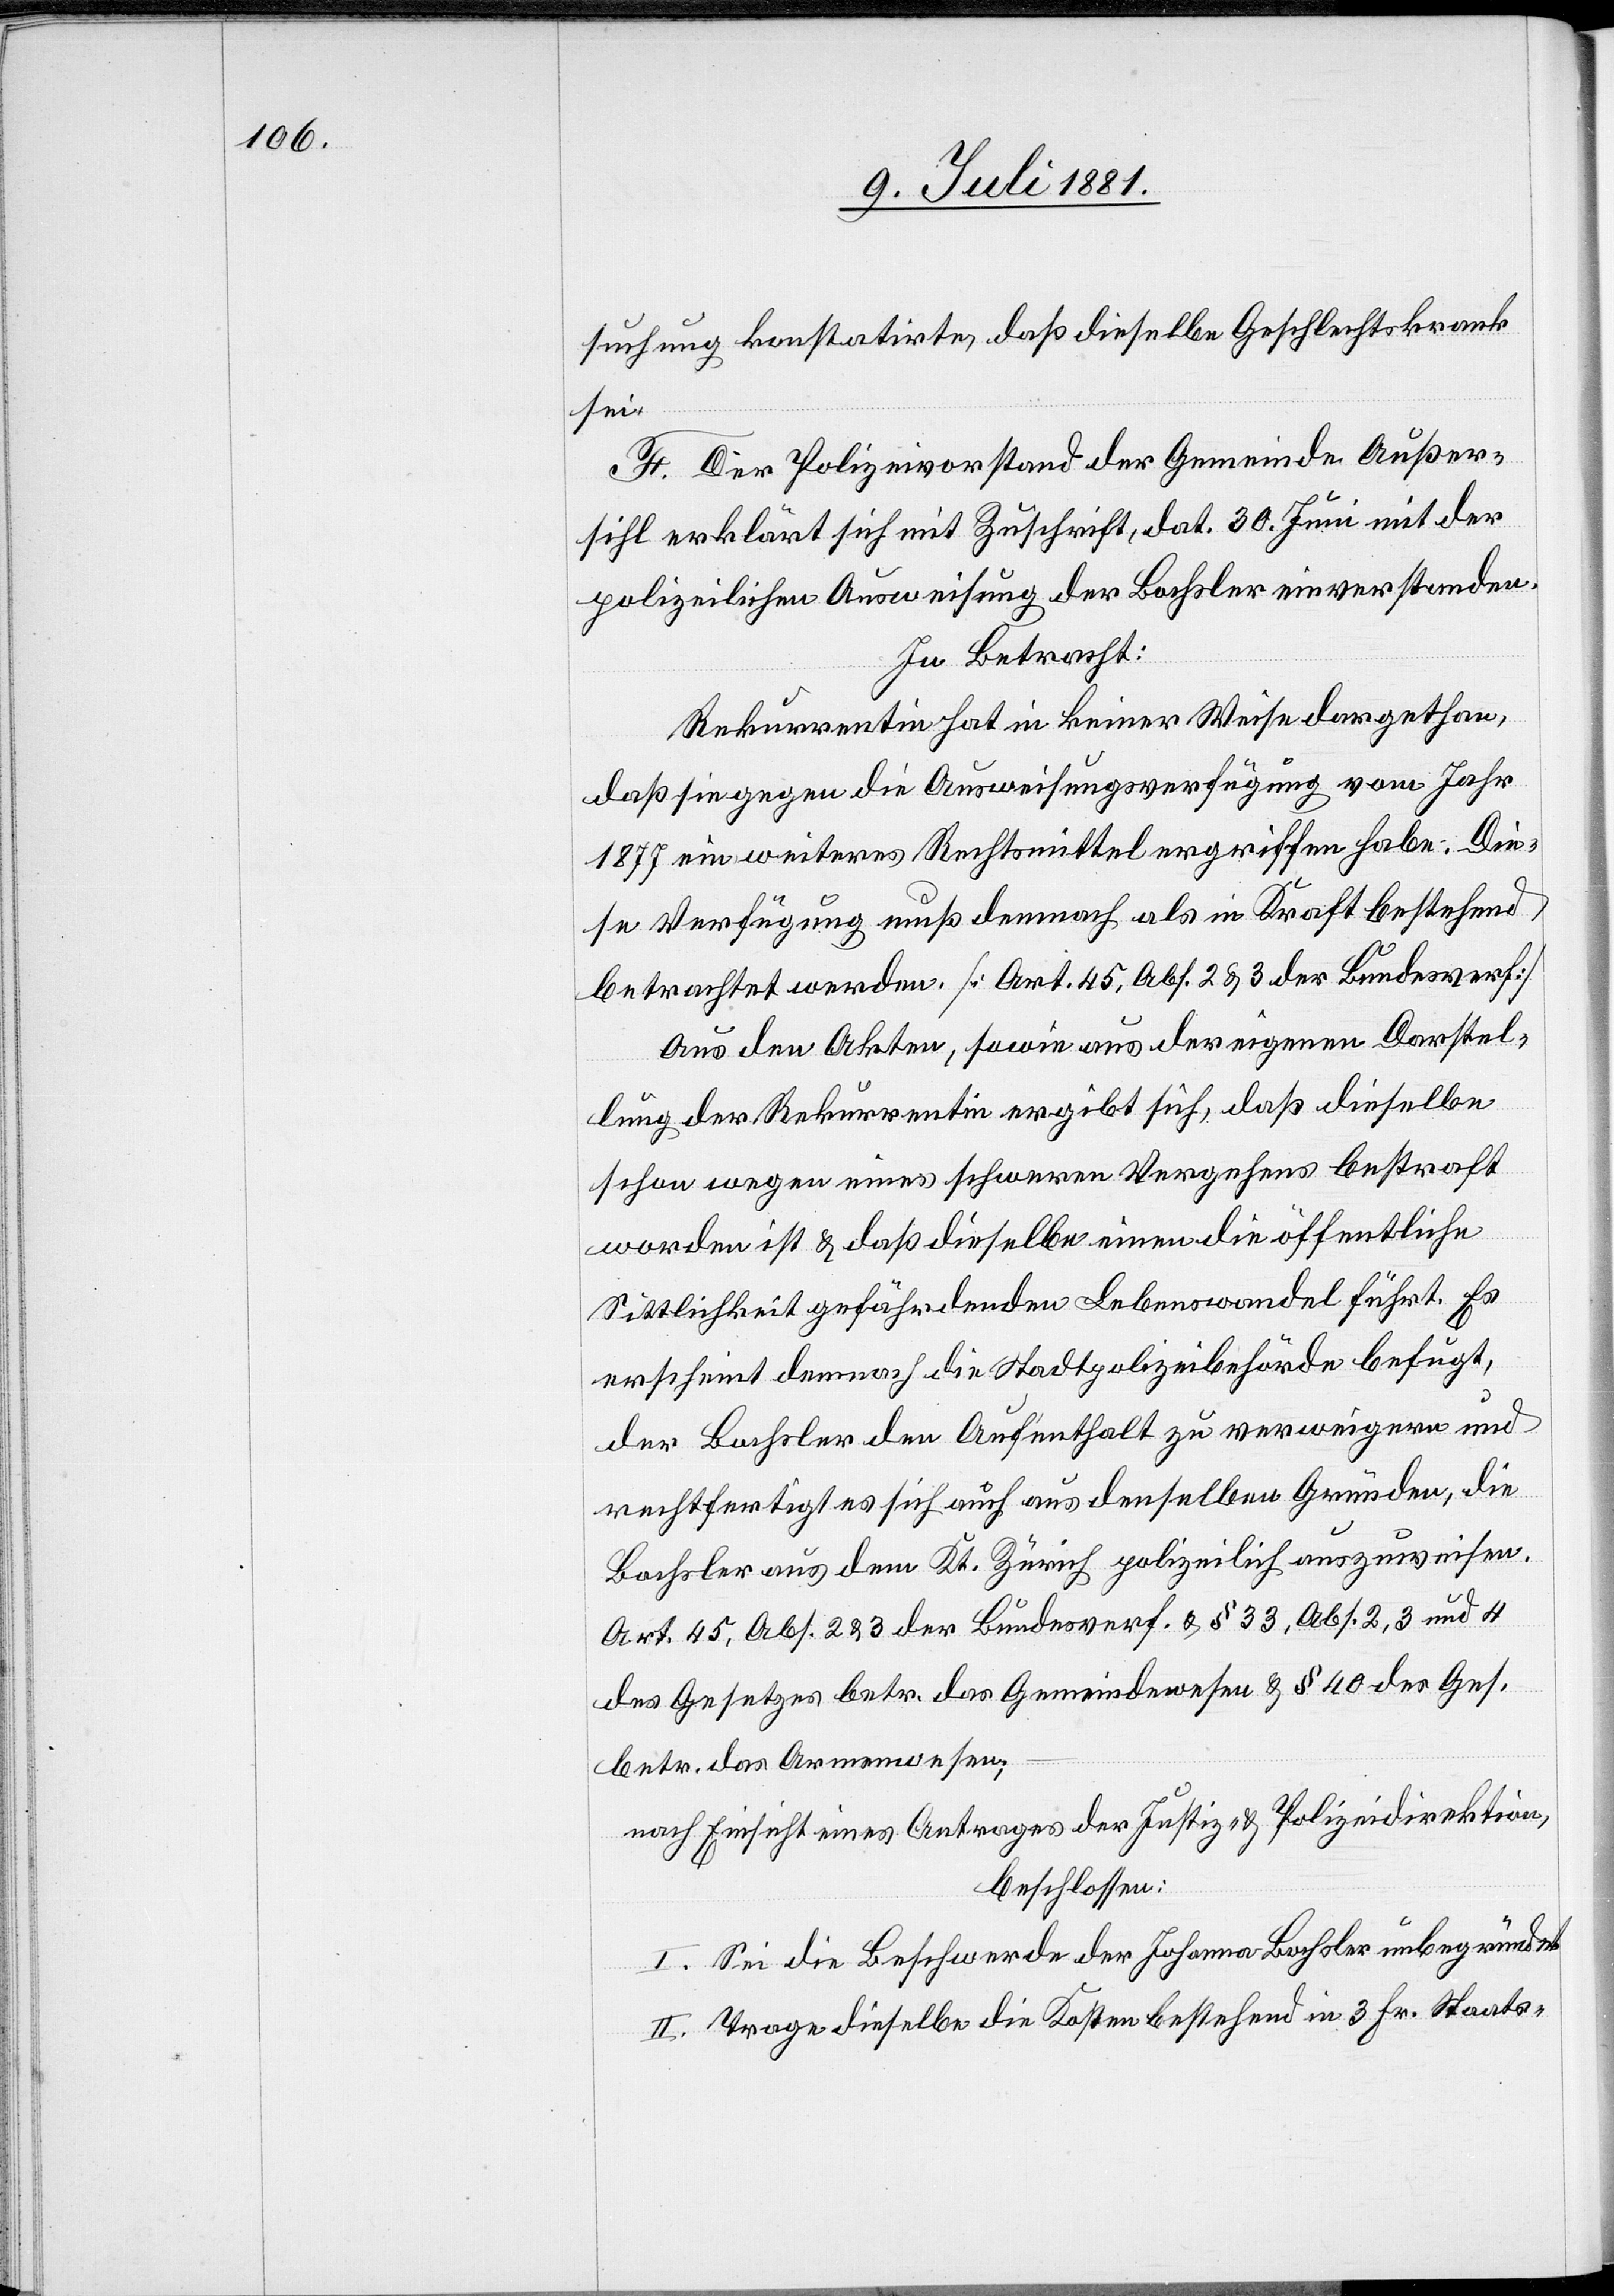
suchung konstatirte, daß dieselbe Geschlechtskrank
sei.
F. Der Polizeivorstand der Gemeinde Außer¬
sihl erklärt sich mit Zuschrift, dat. 30. Juni mit der
polizeilichen Ausweisung der Bachsler einverstanden.
In Betracht:
Rekurrentin hat in keiner Weise dargethan,
daß sie gegen die Ausweisungsverfügung vom Jahr
1877 ein weiteres Rechtsmittel ergriffen habe. Die¬
se Verfügung muß demnach als in Kraft bestehend
betrachtet werden. [Art. 45, Abs. 2 & 3 der Bundesverf.]
Aus den Akten, sowie aus der eigenen Darstel¬
lung der Rekurrentin ergibt sich, daß dieselbe
schon wegen eines schweren Vergehens bestraft
worden ist & daß dieselbe einen die öffentliche
Sittlichkeit gefährdenden Lebenswandel führt. Es
erscheint demnach die Stadtpolizeibehörde befugt,
der Bachsler den Aufenthalt zu verweigern und
rechtfertigt es sich auch aus denselben Gründen, die
Bachsler aus dem Kt. Zürich polizeilich auszuweisen.
Art. 45, Abs. 2 & 3 der Bundesverf. & § 33, Abs. 2, 3 und 4
des Gesetzes betr. das Gemeindewesen & § 40 des Ges.
betr. das Armenwesen;
nach Einsicht eines Antrages der Justiz- & Polizeidirektion,
beschlossen:
I. Sei die Beschwerde der Johanna Bachsler unbegründet.
II. Trage dieselbe die Kosten bestehend in 3 Fr. Staats-